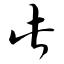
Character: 此